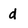
Character: d